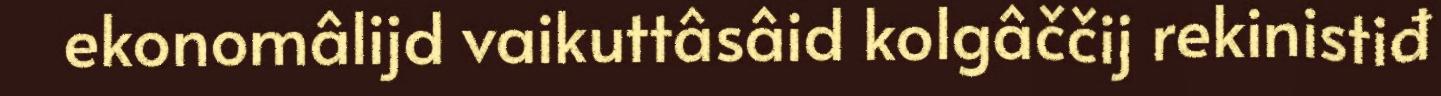
ekonomâlijd vaikuttâsâid kolgâččij rekinistiđ